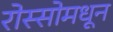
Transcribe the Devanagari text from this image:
रोस्सोमधून